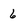
Character: 6